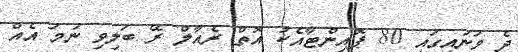
ދެ ވަނައިގައި 80 ޕޮއިންޓާއެކު އޮތް ރެއާލް ރޭ ބަލިވި ނަމަ އެއް